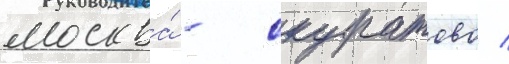
москва́ - скуратово /